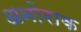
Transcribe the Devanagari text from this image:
अनोराक